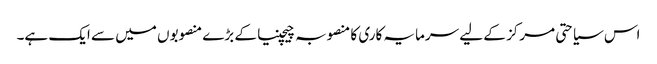
اس سیاحتی مرکز کے لیے سرمایہ کاری کا منصوبہ چیچنیا کے بڑے منصوبوں میں سے ایک ہے۔